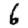
Digit: 6